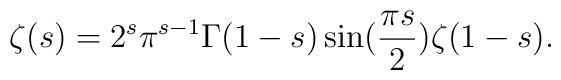
\zeta(s) = 2^{s} \pi^{s-1} \Gamma(1-s) \sin(\frac{\pi s}{2})\zeta(1-s).